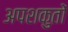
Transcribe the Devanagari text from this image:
अपशकुतों